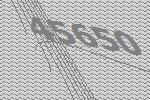
45650